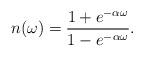
LaTeX: \begin{align*}n(\omega) = {{1 + e^{-\alpha\omega}}\over{1-e^{-\alpha\omega}}}.\end{align*}